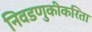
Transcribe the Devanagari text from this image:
निवडणुकीकरिता